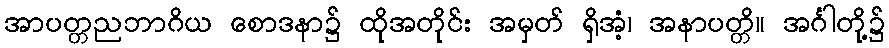
အာပတ္တညဘာဂိယ စောဒနာ၌ ထိုအတိုင်း အမှတ် ရှိအံ့၊ အနာပတ္တိ။ အင်္ဂါတို့၌